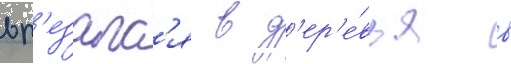
вр'езалс'я в д'ер'е́вья в